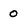
Character: 0